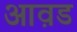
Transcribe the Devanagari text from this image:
आव़ड